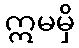
ဣမမှိ